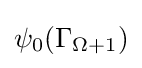
\psi _{0}(\Gamma _{\Omega +1})